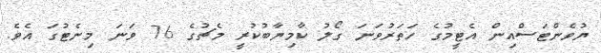
ޔުވެންޓަސްއިން އެޓީމުގެ ހަތަރުވަނަ ގޯލު ކާމިޔާބުކުރީ މެޗުގެ 76 ވަނަ މިނެޓުގަ އެވެ.